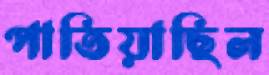
পাতিয়াছিল